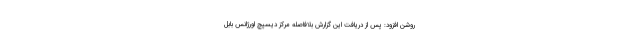
روشن افزود: پس از دریافت این گزارش بلافاصله مرکز دیسپچ اورژانس بابل